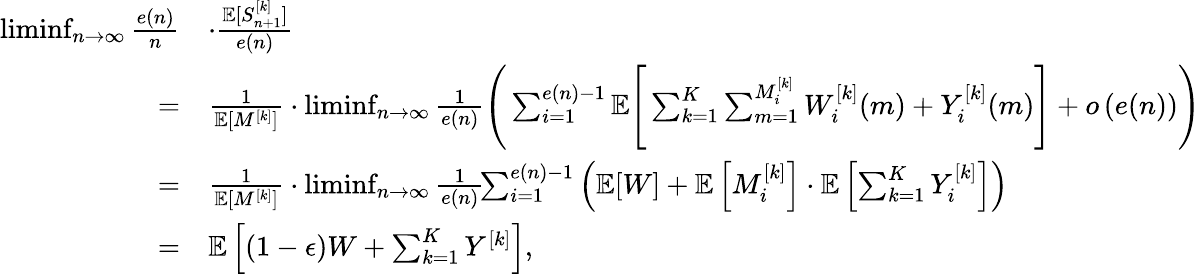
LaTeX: \begin{array}{rl}{\operatorname*{liminf}_{n\rightarrow\infty}\frac{e(n)}{n}}&{\cdot\frac{{\mathbb{E}}[S_{n+1}^{[k]}]}{e(n)}}\\ {=}&{\frac{1}{{\mathbb{E}}[M^{[k]}]}\cdot\operatorname*{liminf}_{n\rightarrow\infty}\frac{1}{e(n)}\Bigg(\sum_{i=1}^{e(n)-1}{\mathbb{E}}\Bigg[\sum_{k=1}^{K}\sum_{m=1}^{M_{i}^{[k]}}W_{i}^{[k]}(m)+Y_{i}^{[k]}(m)\Bigg]+o\left(e(n)\right)\Bigg)}\\ {=}&{\frac{1}{{\mathbb{E}}[M^{[k]}]}\cdot\operatorname*{liminf}_{n\rightarrow\infty}\frac{1}{e(n)}\! \! \sum_{i=1}^{e(n)-1}\left({\mathbb{E}}[W]+{\mathbb{E}}\left[M_{i}^{[k]}\right]\cdot{\mathbb{E}}\left[\sum_{k=1}^{K}Y_{i}^{[k]}\right]\right)}\\ {=}&{{\mathbb{E}}\left[(1-\epsilon)W+\sum_{k=1}^{K}Y^{[k]}\right],}\end{array}